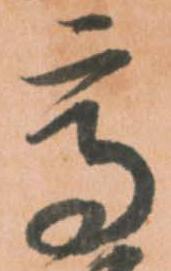
高